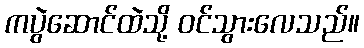
ကပွဲဆောင်ထဲသို့ ဝင်သွားလေသည်။